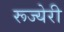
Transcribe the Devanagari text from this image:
रूज्येरी